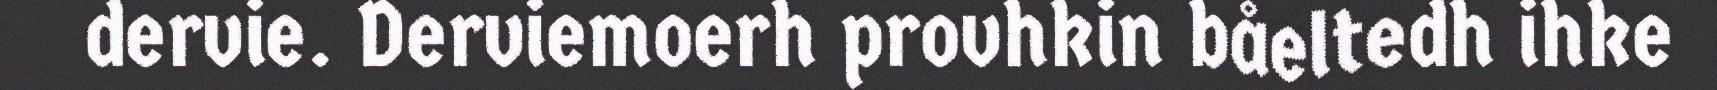
dervie. Derviemoerh provhkin båeltedh ihke